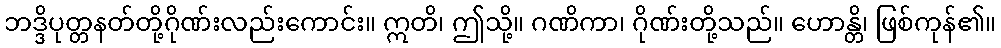
ဘဒ္ဒိပုတ္တနတ်တို့ဂိုဏ်းလည်းကောင်း။ ဣတိ၊ ဤသို့။ ဂဏိကာ၊ ဂိုဏ်းတို့သည်။ ဟောန္တိ၊ ဖြစ်ကုန်၏။